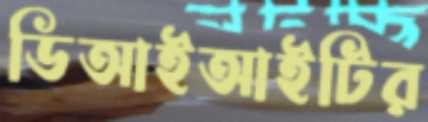
ডিআইআইটির